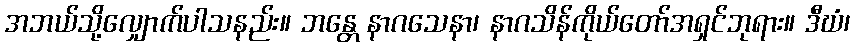
အဘယ်သို့လျှောက်ပါသနည်း။ ဘန္တေ နာဂသေနာ၊ နာဂသိန်ကိုယ်တော်အရှင်ဘုရား။ ဒီဃံ၊